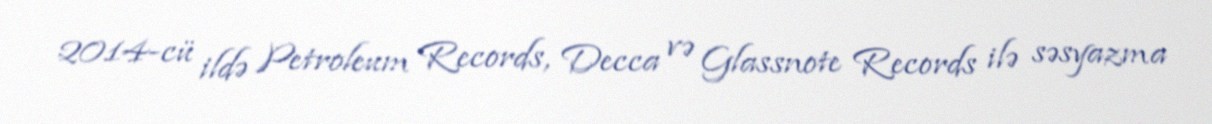
2014-cü ildə Petroleum Records, Decca və Glassnote Records ilə səsyazma